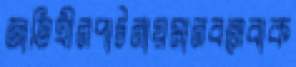
জাতিহীনপাটনায়মানবসেবাক